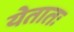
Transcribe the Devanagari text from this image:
येतातः